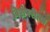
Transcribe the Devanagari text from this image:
विशेषरीत्या